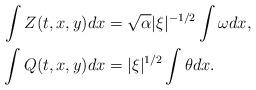
LaTeX: \begin{align*} \int Z(t,x,y) dx &= \sqrt{\alpha} |\xi|^{-1/2} \int \omega dx, \\ \int Q(t,x,y) dx &= |\xi|^{1/2} \int \theta dx.\end{align*}